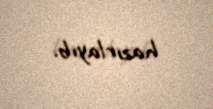
hazırlayıb.